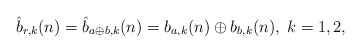
\begin{align*} \hat b_{r,k}(n) = \hat b_{a\oplus b, k}(n) = b_{a,k}(n) \oplus b_{b,k}(n), \; k=1,2,\end{align*}